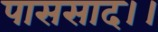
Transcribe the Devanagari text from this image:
पाससाद।।